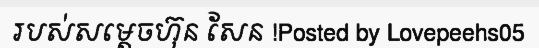
របស់សម្តេចហ៊ុន សែន !Posted by Lovepeehs05